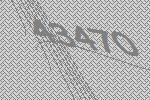
43470